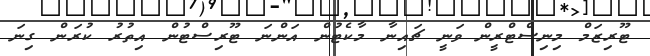
ޓޫރިޒަމް މިނިސްޓްރީން ވަނީ ޗައިނާ މާކެޓުން އަންނަ ޓޫރިސްޓުން އިތުރު ކުރަން ގިނަ